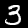
Digit: 3